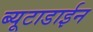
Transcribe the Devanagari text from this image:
ब्यूटाडाईन